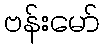
ဗန်းမော်